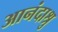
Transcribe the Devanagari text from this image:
आनंदाश्रु